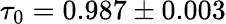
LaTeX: \tau_{0}=0.987\pm 0.003